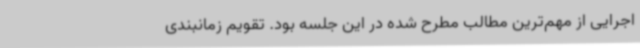
اجرایی از مهم‌ترین مطالب مطرح شده در این جلسه بود. تقویم زمانبندی